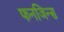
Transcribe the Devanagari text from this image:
फनजिन्स